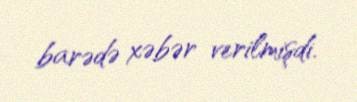
barədə xəbər verilmişdi.